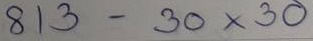
813 - 30 x 30